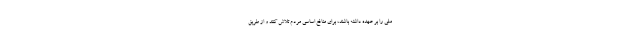
ملی را بر عهده داشته باشند، برای منافع اساسی مردم تلاش کنند و از طریق